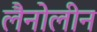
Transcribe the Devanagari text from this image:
लैनोलीन